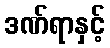
ဒဏ်ရာနှင့်